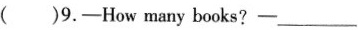
()9.-How many books?-___